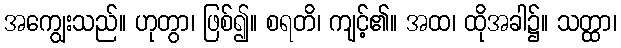
အကျွေးသည်။ ဟုတွာ၊ ဖြစ်၍။ စရတိ၊ ကျင့်၏။ အထ၊ ထိုအခါ၌။ သတ္ထာ၊